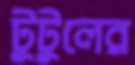
টুটুলের